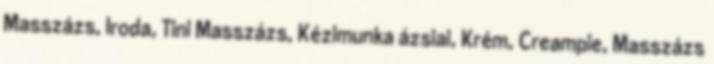
Masszázs, Iroda, Tini Masszázs, Kézimunka ázsiai, Krém, Creampie, Masszázs